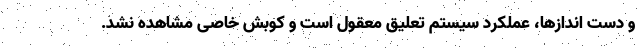
و دست اندازها، عملکرد سیستم تعلیق معقول است و کوبش خاصی مشاهده نشد.